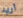
أريد